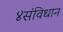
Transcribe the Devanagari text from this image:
४संविधान